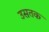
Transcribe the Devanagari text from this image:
उसतक